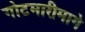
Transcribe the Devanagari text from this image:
गोटमारीमागे